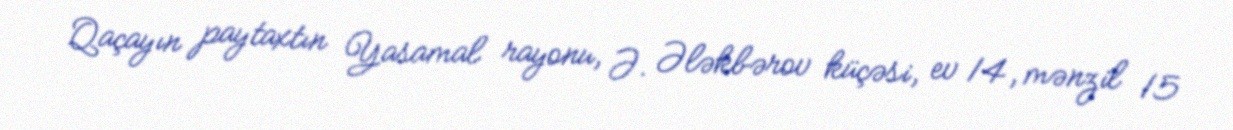
Qaçayın paytaxtın Yasamal rayonu, Ə. Ələkbərov küçəsi, ev 14, mənzil 15